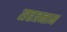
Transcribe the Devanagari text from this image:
सहत्रनाम